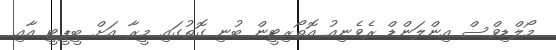
މޯލްޑިވްސް އިންލަންޑް ރެވެނިއު އޮތޯރިޓީން ބުނި ގޮތުގައި މީރާ އަށް ބީޕީޓީ އާއި